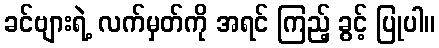
ခင်ဗျားရဲ့ လက်မှတ်ကို အရင် ကြည့် ခွင့် ပြုပါ။